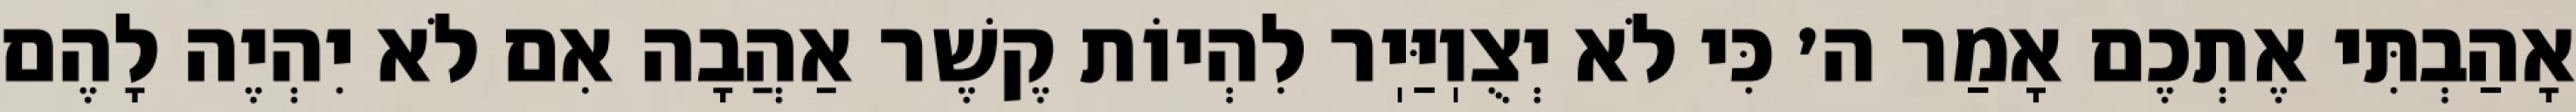
אָהַבְתִּי אֶתְכֶם אָמַר ה׳ כִּי לֹא יְצֻוֽיַּיֽר לִהְיוֹת קֶשֶׁר אַהֲבָה אִם לֹא יִהְיֶה לָהֶם